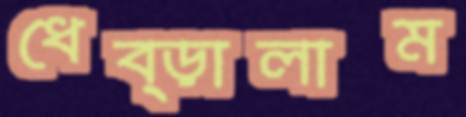
ধেব্‌ড়ালাম